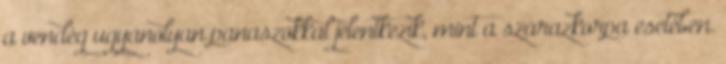
a vendég ugyanolyan panaszokkal jelentkezik, mint a szárazkorpa esetében.